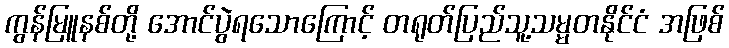
ကွန်မြူနစ်တို့ အောင်ပွဲရသောကြောင့် တရုတ်ပြည်သူ့သမ္မတနိုင်ငံ အဖြစ်